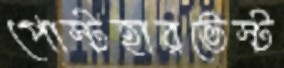
পোস্টহারভেস্ট